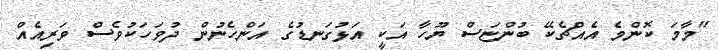
"މާމަ ކޮންމެ އެއްޗެކޭ ބުންޏަސް ޔޫހާ އަކީ އަޅުގަނޑުގެ އަންހެނުން ދުވަހަކުވެސް ވަރިއެއް